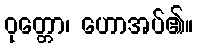
ဝုတ္တော၊ ဟောအပ်၏။